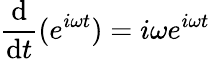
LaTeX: {\frac{\mathrm{d}}{\mathrm{d}t}}(e^{i\omega t})=i\omega e^{i\omega t}